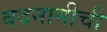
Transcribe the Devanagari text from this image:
बदनामीची